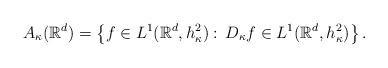
LaTeX: \begin{align*}A_{\kappa}(\mathbb{R}^{d})=\left\{ f\in L^{1}(\mathbb{R}^{d},h_{\kappa}^{2}):\, D_{\kappa}f\in L^{1}(\mathbb{R}^{d},h_{\kappa}^{2})\right\}.\end{align*}